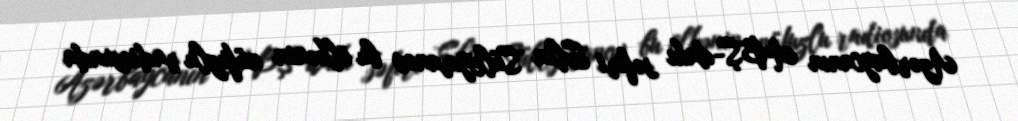
Azərbaycanın ABŞ-dakı səfiri Elin Süleymanov bu ölkənin nüfuzlu radiosunda